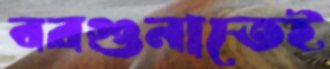
বরগুনাতেই